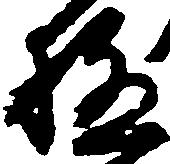
極